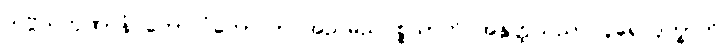
သဗ္ဗသကုဏာနံ ကောလံကောလာ အညမညပစ္စယာတိ အနွတ္ထသညာ ပူရေ ဒုက္ခာတိ